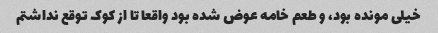
خیلی مونده بود، و طعم خامه عوض شده بود واقعا تا از کوک توقع نداشتم